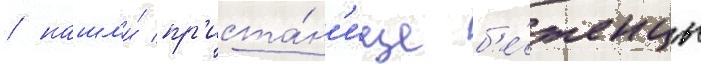
/ нашл'и́ пр'иста́н'ище б'е́женцы